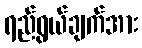
ရည်ရွယ်ချက်အား